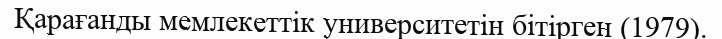
Қарағанды мемлекеттік университетін бітірген (1979).